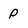
Character: P